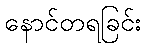
နောင်တရခြင်း